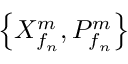
\left\{ X _ { { f } _ { n } } ^ { m } , P _ { { f } _ { n } } ^ { m } \right\}